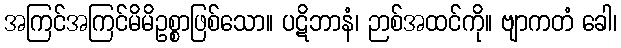
အကြင်အကြင်မိမိဥစ္စာဖြစ်သော။ ပဋိဘာနံ၊ ဉာစ်အထင်ကို။ ဗျာကတံ ခေါ၊